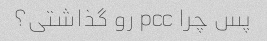
پس چرا pcc رو گذاشتی؟